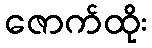
ဇောက်ထိုး